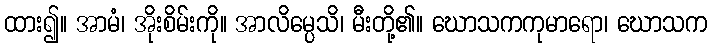
ထား၍။ အာမံ၊ အိုးစိမ်းကို။ အာလိမ္ပေသိ၊ မီးတို့၏။ ဃောသကကုမာရော၊ ဃောသက